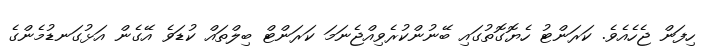
ހިފަން ޖެހެއެވެ. ކަރަންޓު ހެޔޮގޮތުގައި ބޭނުންކުރެވިއްޖެނަމަ ކަރަންޓް ބިލްތައް ކުޑަވެ އޭގެން އަޅުގަނޑުމެންގެ